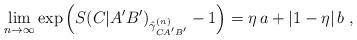
LaTeX: \begin{align*}\lim_{n\to\infty}\exp\left(S(C|A'B')_{\hat{\gamma}_{CA'B'}^{(n)}}-1\right) = \eta\,a + \left|1-\eta\right|b\;,\end{align*}